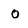
Character: 0